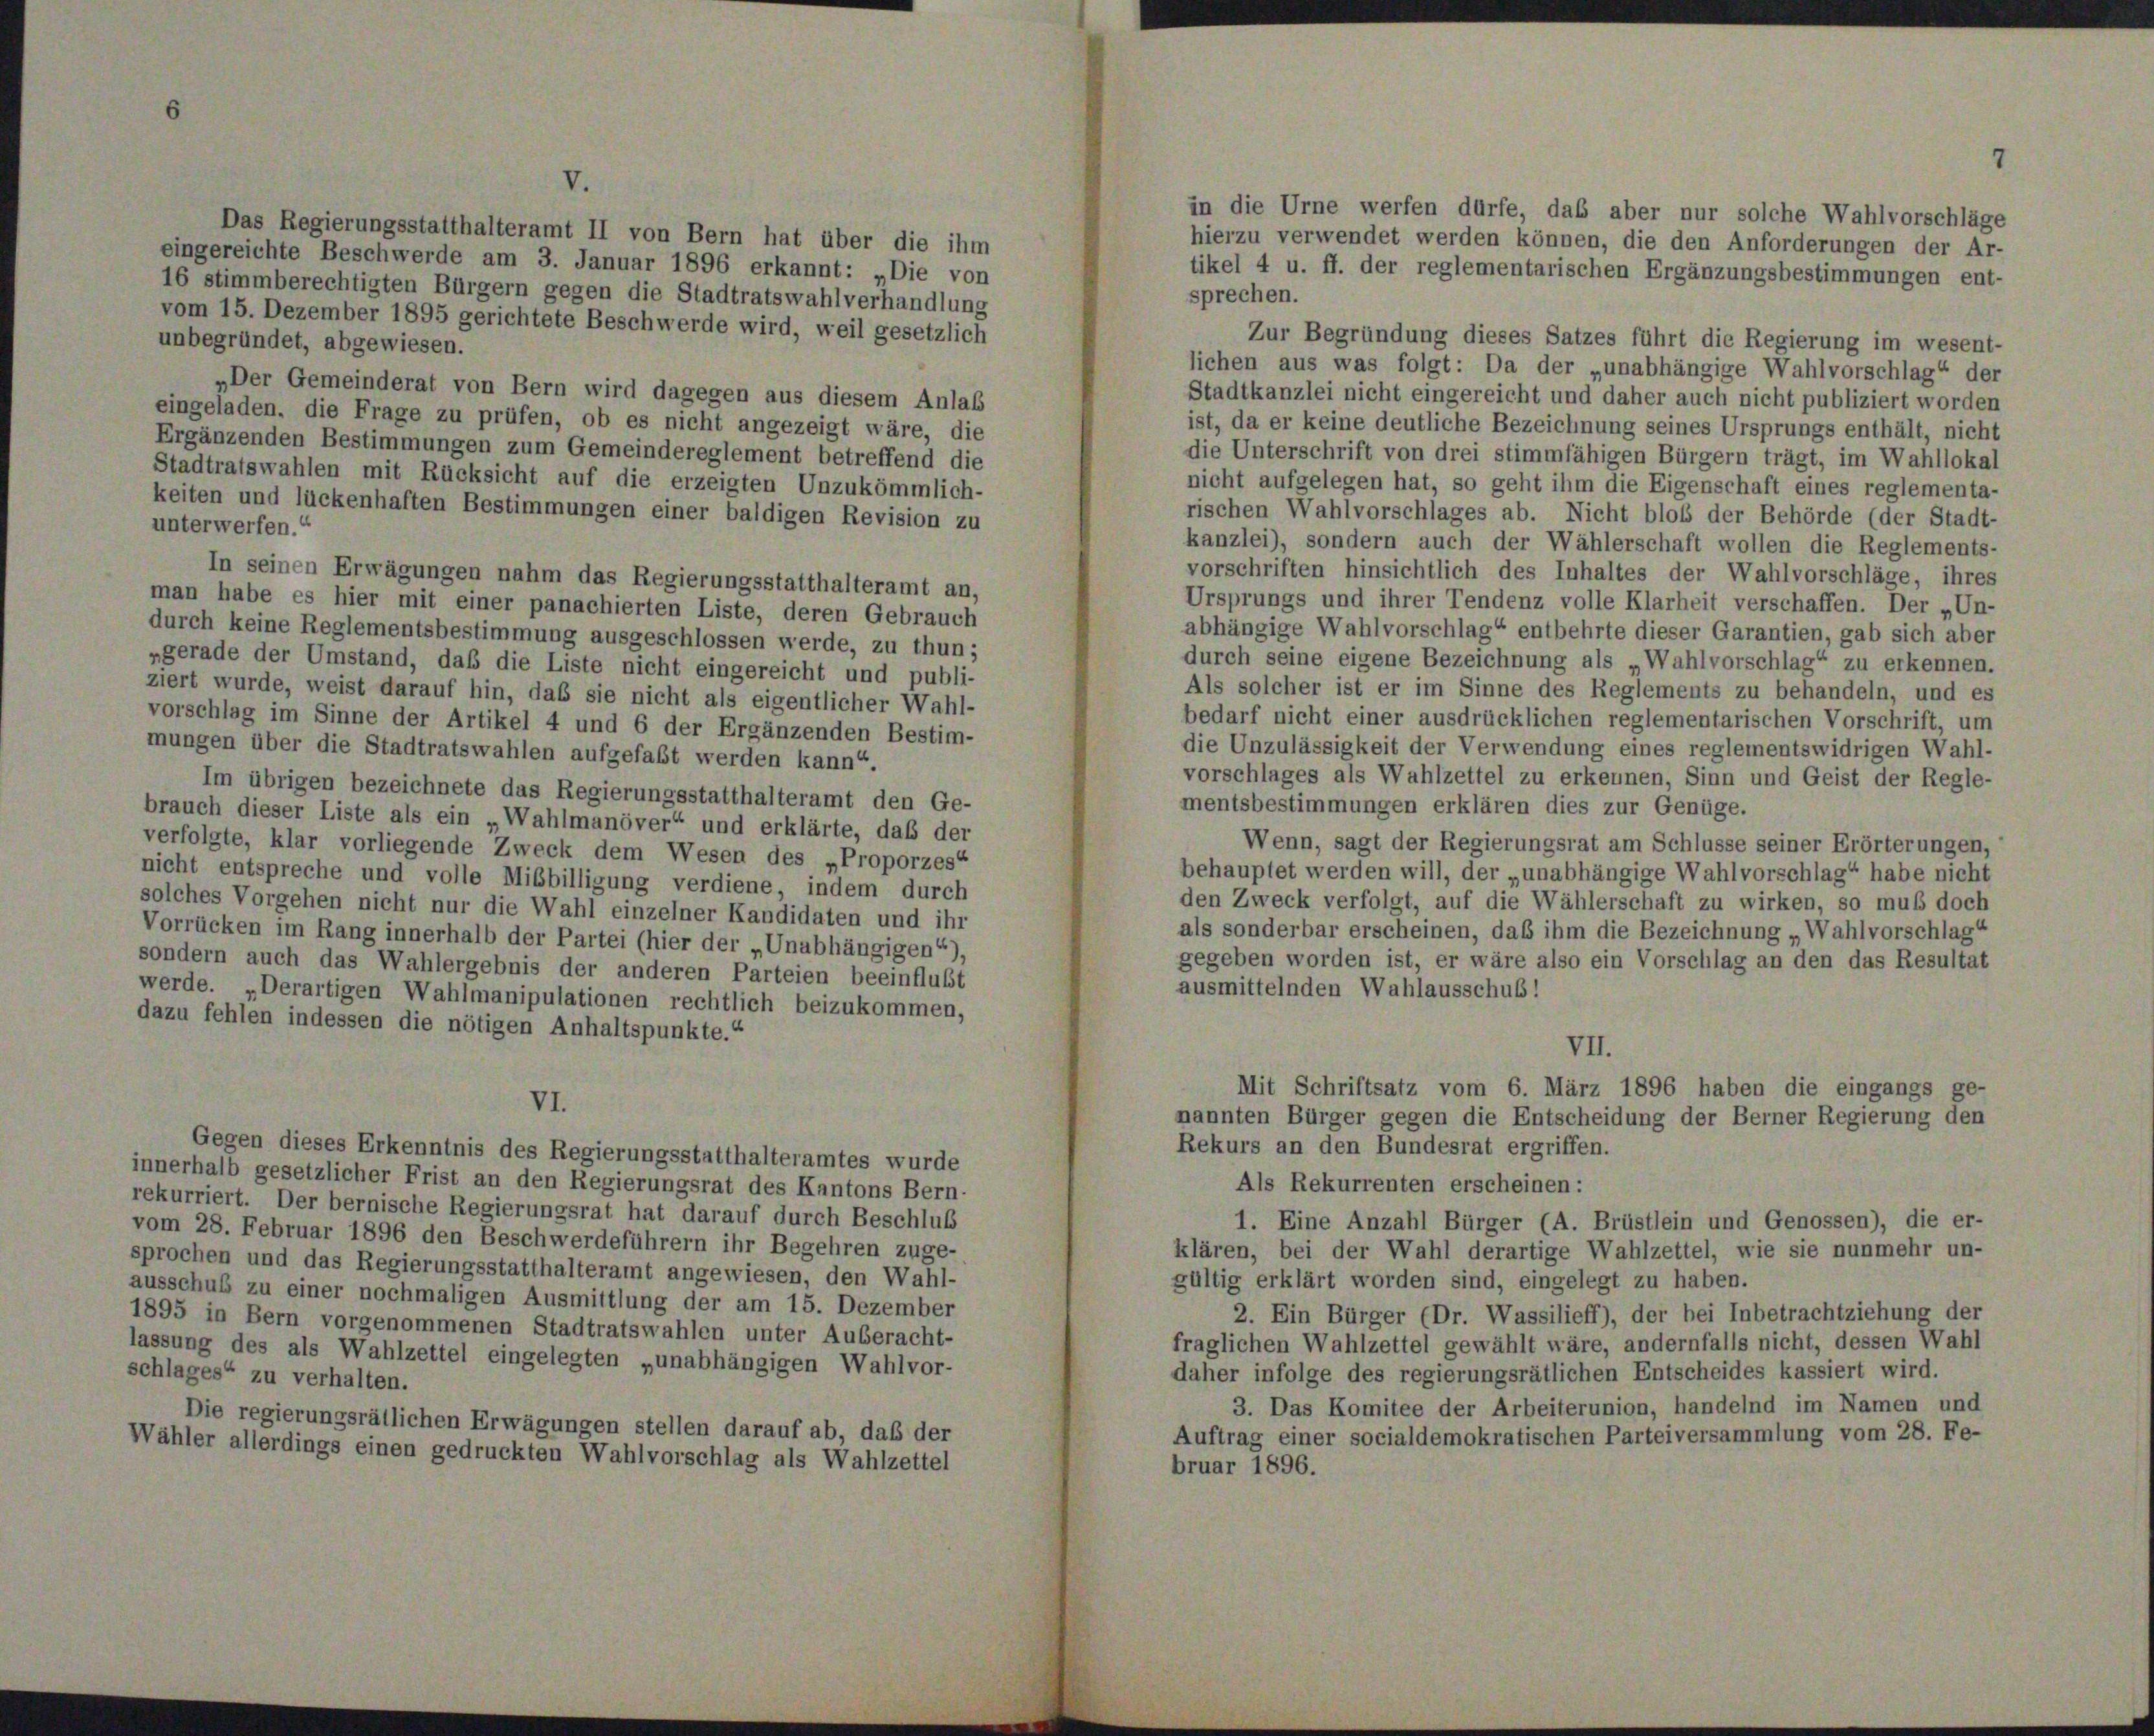
in die Urne werfen dürfe, das aber nur solche Wahlvorschläge
Das Regierungsstatthalteramt II von Bern hat über die ihm
hierzu verwendet werden können, die den Anforderungen der Ar-
eingereichte Beschwerde am 3. Januar 1896 erkannt: „Die von
tikel 4 u. ff. der reglementarischen Ergänzungsbestimmungen ent-
16 stimmberechtigten Bürgern gegen die Stadtratswahlverhandlung
sprechen.
vom 15. Dezember 1895 gerichtete Beschwerde wird, weil gesetzlich
Zur Begründung dieses Satzes führt die Regierung im wesent-
unbegründet, abgewiesen.
lichen aus was folgt: Da der „unabhängige Wahlvorschlag“ der
„Der Gemeinderat von Bern wird dagegen aus diesem Anlaß
Stadtkanzlei nicht eingereicht und daher auch nicht publiziert worden
eingeladen, die Frage zu prüfen, ob es nicht angezeigt wäre, die
ist, da er keine deutliche Bezeichnung seines Ursprungs enthält, nicht
Ergänzenden Bestimmungen zum Gemeindereglement betreffend die
die Unterschrift von drei stimmfähigen Bürgern trägt, im Wahllokal
Stadtratswahlen mit Rücksicht auf die erzeigten Unzukömmlich-
nicht aufgelegen hat, so geht ihm die Eigenschaft eines reglementa-
keiten und lückenhaften Bestimmungen einer baldigen Revision zu
rischen Wahlvorschlages ab. Nicht bloß der Behörde (der Stadt-
unterwerfen.“
kanzlei), sondern auch der Wählerschaft wollen die Reglements-
vorschriften hinsichtlich des Inhaltes der Wahlvorschläge, ihres
In seinen Erwägungen nahm das Regierungsstatthalteramt an,
Ursprungs und ihrer Tendenz volle Klarheit verschaffen. Der „Un-
man habe es hier mit einer panachierten Liste, deren Gebrauch
abhängige Wahlvorschlag“ entbehrte dieser Garantien, gab sich aber
durch keine Reglementsbestimmung ausgeschlossen werde, zu thun;
durch seine eigene Bezeichnung als „Wahlvorschlag“ zu erkennen.
„gerade der Umstand, daß die Liste nicht eingereicht und publi-
Als solcher ist er im Sinne des Reglements zu behandeln, und es
ziert wurde, weist darauf hin, daß sie nicht als eigentlicher Wahl-
bedarf nicht einer ausdrücklichen reglementarischen Vorschrift, um
vorschlag im Sinne der Artikel 4 und 6 der Ergänzenden Bestim-
die Unzulässigkeit der Verwendung eines reglementswidrigen Wahl-
mungen über die Stadtratswahlen aufgefaßt werden kann“
vorschlages als Wahlzettel zu erkennen, Sinn und Geist der Regle-
Im übrigen bezeichnete das Regierungsstatthalteramt den Ge-
mentsbestimmungen erklären dies zur Genüge.
brauch dieser Liste als ein „Wahlmanöver“ und erklärte, daß der
Wenn, sagt der Regierungsrat am Schlüsse seiner Erörterungen,
verfolgte, klar vorliegende Zweck dem Wesen des „Proporzes“
behauptet werden will, der „unabhängige Wahlvorschlag“ habe nicht
nicht entspreche und volle Mißbilligung verdiene, indem durch
den Zweck verfolgt, auf die Wählerschaft zu wirken, so muß doch
solches Vorgehen nicht nur die Wahl einzelner Kandidaten und ihr
als sonderbar erscheinen, daß ihm die Bezeichnung „Wahlvorschlag“
Vorrücken im Rang innerhalb der Partei (hier der „Unabhängigen“
gegeben worden ist, er wäre also ein Vorschlag an den das Resultat
sondern auch das Wahlergebnis der anderen Parteien beeinflußt
ausmittelnden Wahlausschub!
werde. „Derartigen Wahlmanipulationen rechtlich beizukommen,
dazu fehlen indessen die nötigen Anhaltspunkte.“
VII.
Mit Schriftsatz vom 6. März 1896 haben die eingangs ge-
VI.
nannten Bürger gegen die Entscheidung der Berner Regierung den
Rekurs an den Bundesrat ergriffen.
Gegen dieses Erkenntnis des Regierungsstatthalteramtes wurde
innerhalb gesetzlicher Frist an den Regierungsrat des Kantons Bern-
Als Rekurrenten erscheinen:
rekurriert. Der bernische Regierungsrat hat darauf durch Beschlus
1. Eine Anzahl Bürger (A. Brüstlein und Genossen), die er-
vom 28. Februar 1896 den Beschwerdeführern ihr Begehren zuge-
klären, bei der Wahl derartige Wahlzettel, wie sie nunmehr un-
sprochen und das Regierungsstatthalteramt angewiesen, den Wahl-
gültig erklärt worden sind, eingelegt zu haben.
ausschuß zu einer nochmaligen Ausmittlung der am 15. Dezember
2. Ein Bürger (Dr. Wassilieff), der bei Inbetrachtziehung der
1895 in Bern vorgenommenen Stadtratswahlen unter Auberacht-
fraglichen Wahlzettel gewählt wäre, andernfalls nicht, dessen Wahl
lassung des als Wahlzettel eingelegten „unabhängigen Wahlvor-
daher infolge des regierungsrätlichen Entscheides kassiert wird.
schlages“ zu verhalten.
3. Das Komitee der Arbeiterunion, handelnd im Namen und
Die regierungsrätlichen Erwägungen stellen darauf ab, daß der
Auftrag einer socialdemokratischen Parteiversammlung vom 28. Fe-
Wähler allerdings einen gedruckten Wahlvorschlag als Wahlzettel
bruar 1896.

7